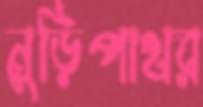
নুড়িপাথর